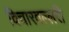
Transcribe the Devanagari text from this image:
विचारवल्लरी